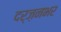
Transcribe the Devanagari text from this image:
दर्ज़नभर